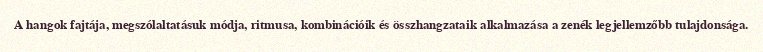
A hangok fajtája, megszólaltatásuk módja, ritmusa, kombinációik és összhangzataik alkalmazása a zenék legjellemzőbb tulajdonsága.